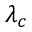
\lambda _ { c }